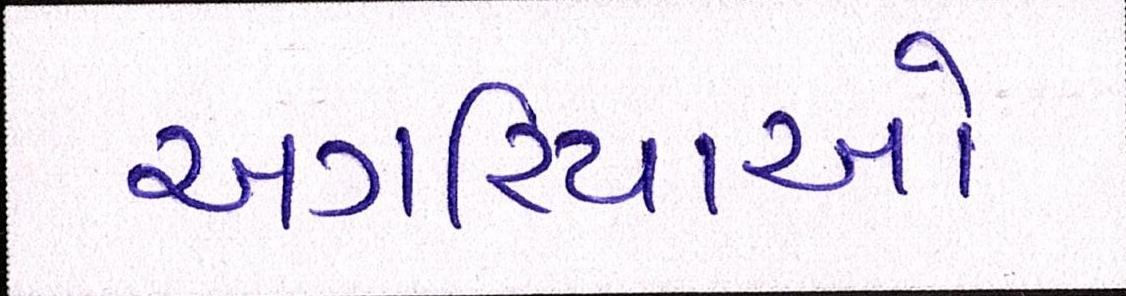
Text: અગરિયાઓ